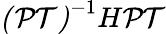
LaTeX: \mathcal{(PT)}^{-1}H\mathcal{PT}